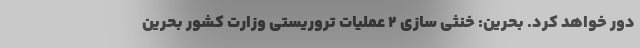
دور خواهد کرد. بحرین: خنثی سازی 2 عملیات تروریستی وزارت کشور بحرین